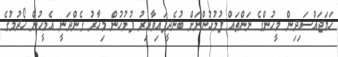
ހަމަޖައްސައިދިން މީހުންގެ ނަންތައް ފުލުހުންނަށް ބުނެދީފައިވާއިރު ފުލުހުން މިހާރު ގެންދަނީ އެމީހުން ހޯދުމުގެ